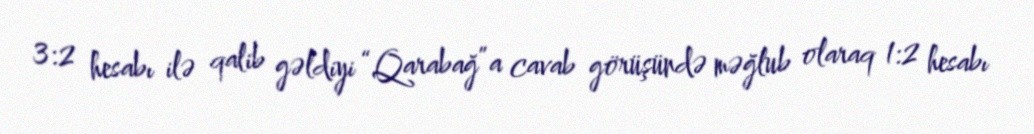
3:2 hesabı ilə qalib gəldiyi “Qarabağ”a cavab görüşündə məğlub olaraq 1:2 hesabı